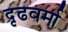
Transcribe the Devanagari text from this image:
दृढवर्मा